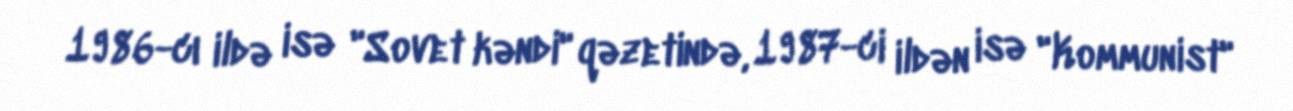
1986-cı ildə isə "Sovet kəndi" qəzetində, 1987-ci ildən isə "Kommunist"